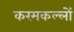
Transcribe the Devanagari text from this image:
करमकल्लों